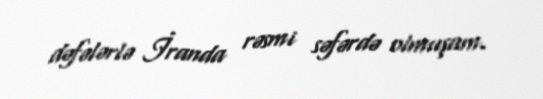
dəfələrlə İranda rəsmi səfərdə olmuşam.